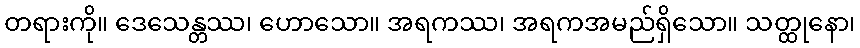
တရားကို။ ဒေသေန္တဿ၊ ဟောသော။ အရကဿ၊ အရကအမည်ရှိသော။ သတ္ထုနော၊